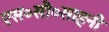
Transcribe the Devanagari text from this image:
एस०सी०साहनी